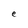
Character: e